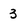
Character: 3